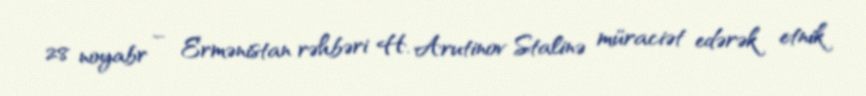
28 noyabr – Ermənistan rəhbəri H. Arutinov Stalinə müraciət edərək etnik